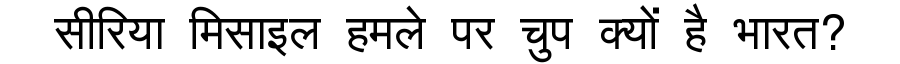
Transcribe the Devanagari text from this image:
सीरिया मिसाइल हमले पर चुप क्यों है भारत?